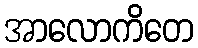
အာလောကိတေ